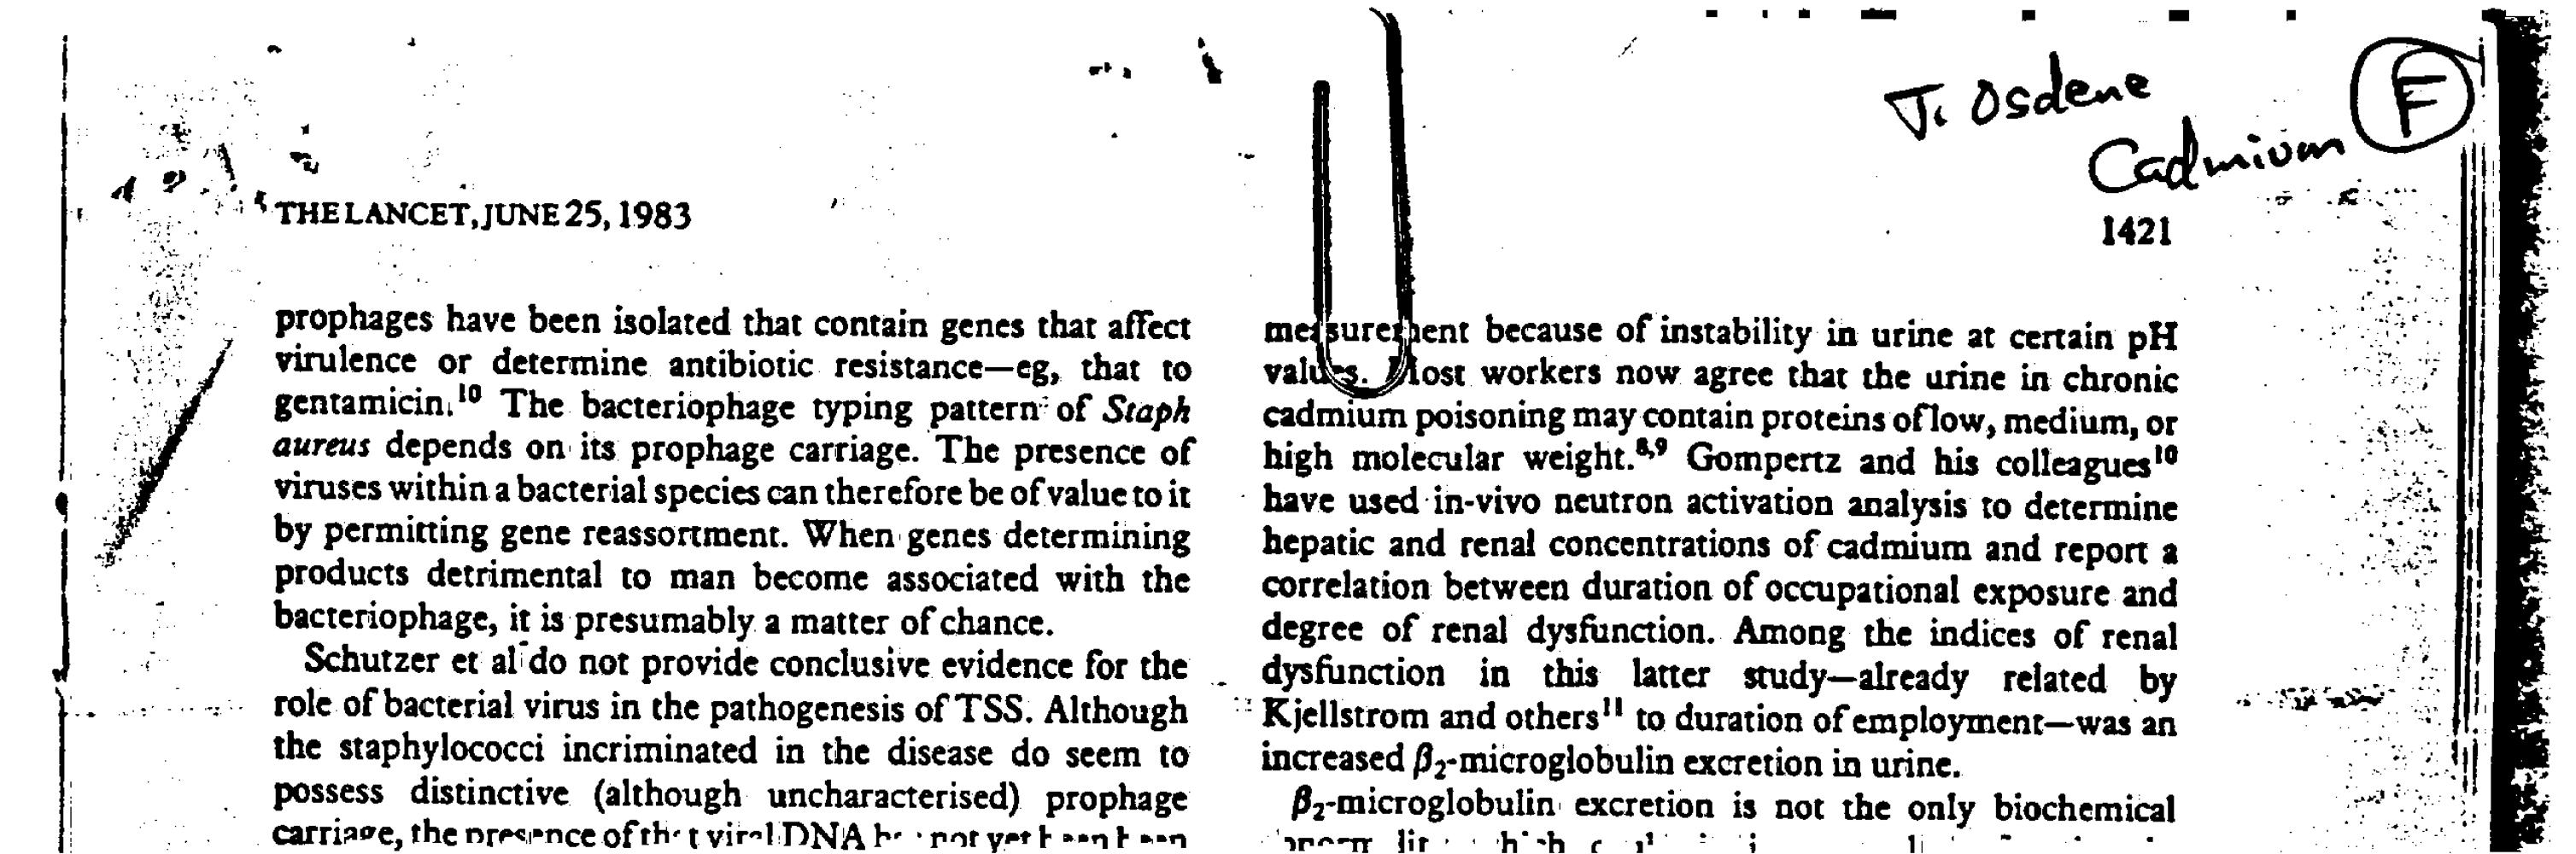
a, . : .
 4 2 \ “ ,
 1421
 prophages have been isolated that contain genes that affect
 virulence or determine antibiotic resistance—eg, that to
 gentamicin.'® The bacteriophage typing pattern’ of Staph
 aureus depends on its prophage carriage. The presence of
 viruses within a bacterial species can therefore be of value to it
 by permitting gene reassortment. When genes determining
 products detrimental to man become associated with the
 bacteriophage, it is presumably a matter of chance.
 - fole of bacterial virus in the pathogenesis of TSS. Although
 the staphylococci incriminated in the disease do seem to
 possess distinctive (although uncharacterised) prophage
 carriave, the nrecence of rh: t vireo DNA b- ° ror yer been Been
 mefsureshent because of instability in urine at certain pH
 valuts. Jost. workers now agree that the urine in chronic
 cadmium poisoning may contain proteins of low, medium, or
 high molecular weight.** Gompertz and his colleagues"?
 hepatic and renal concentrations of cadmium and report a
 correlation between duration of occupational exposure and
 degree of renal dysfunction. Among the indices of renal
 dysfunction in this latter study—already related by
 increased f,-microglobulin excretion in urine.
 Bz-microglobulin: excretion is not the only biochemical
 ‘greeny Jir’ chsh ¢ 18° O° 3 1°0hU” . -